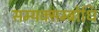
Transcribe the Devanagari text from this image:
सम्यक्सम्बोधि